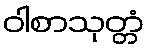
ဝါစာသုတ္တံ